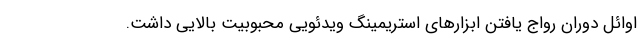
اوائل دوران رواج یافتن ابزارهای استریمینگ ویدئویی محبوبیت بالایی داشت.